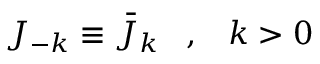
J _ { - k } \equiv \bar { J } _ { k } \; \; \; , \; \; \; k > 0